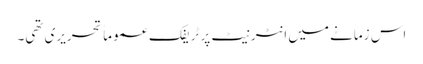
اس زمانے میں انٹرنیٹ پر ٹریفک عموماً تحریری تھی۔